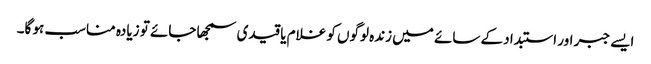
ایسے جبر اور استبداد کے سائے میں زندہ لوگوں کو غلام یا قیدی سمجھا جائے تو زیادہ مناسب ہو گا۔